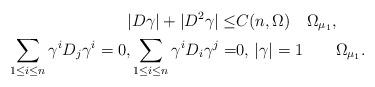
LaTeX: \begin{align*}|D\gamma|+|D^2\gamma|\leq& C(n,\Omega) \quad\Omega_{\mu_{1}},\\ \sum_{1\leq i\leq n}\gamma^iD_j\gamma^i=0, \sum_{1\leq i\leq n}\gamma^iD_i\gamma^j=&0, \,|\gamma|=1 \quad \quad\Omega_{\mu_{1}}.\end{align*}